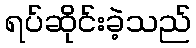
ရပ်ဆိုင်းခဲ့သည်